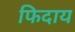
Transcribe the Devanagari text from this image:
फिदाय